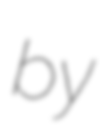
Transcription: by